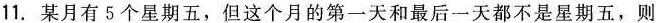
11.某月有5个星期五，但这个月的第一天和最后一天都不是星期五，则